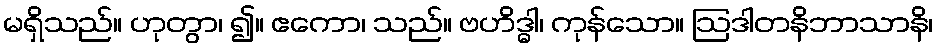
မရှိသည်။ ဟုတွာ၊ ၍။ ဧကော၊ သည်။ ဗဟိဒ္ဓါ၊ ကုန်သော။ ဩဒါတနိဘာသာနိ၊